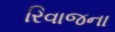
રિવાજના